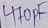
Text: 470pF